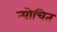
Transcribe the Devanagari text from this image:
न्योचित